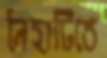
নৈহাটিতে